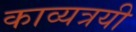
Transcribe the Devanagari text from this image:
काव्यत्रयी